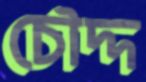
চৌদ্দ